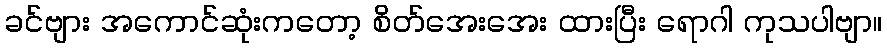
ခင်ဗျား အကောင်ဆုံးကတော့ စိတ်အေးအေး ထားပြီး ရောဂါ ကုသပါဗျာ။